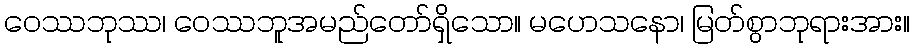
ဝေဿဘုဿ၊ ဝေဿဘူအမည်တော်ရှိသော။ မဟေသနော၊ မြတ်စွာဘုရားအား။